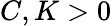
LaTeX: C,K>0